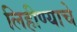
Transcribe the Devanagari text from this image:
लिहीण्याचे